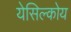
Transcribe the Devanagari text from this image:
येसिल्कोय